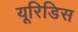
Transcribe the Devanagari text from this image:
यूरिडिस